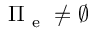
\Pi _ { \mathrm { ~ e ~ } } \neq \emptyset